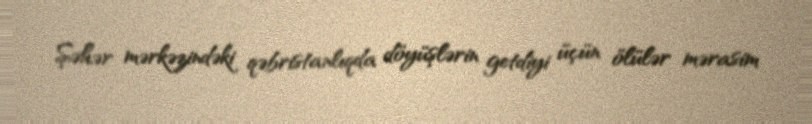
Şəhər mərkəzindəki qəbristanlıqda döyüşlərin getdiyi üçün ölülər mərasim